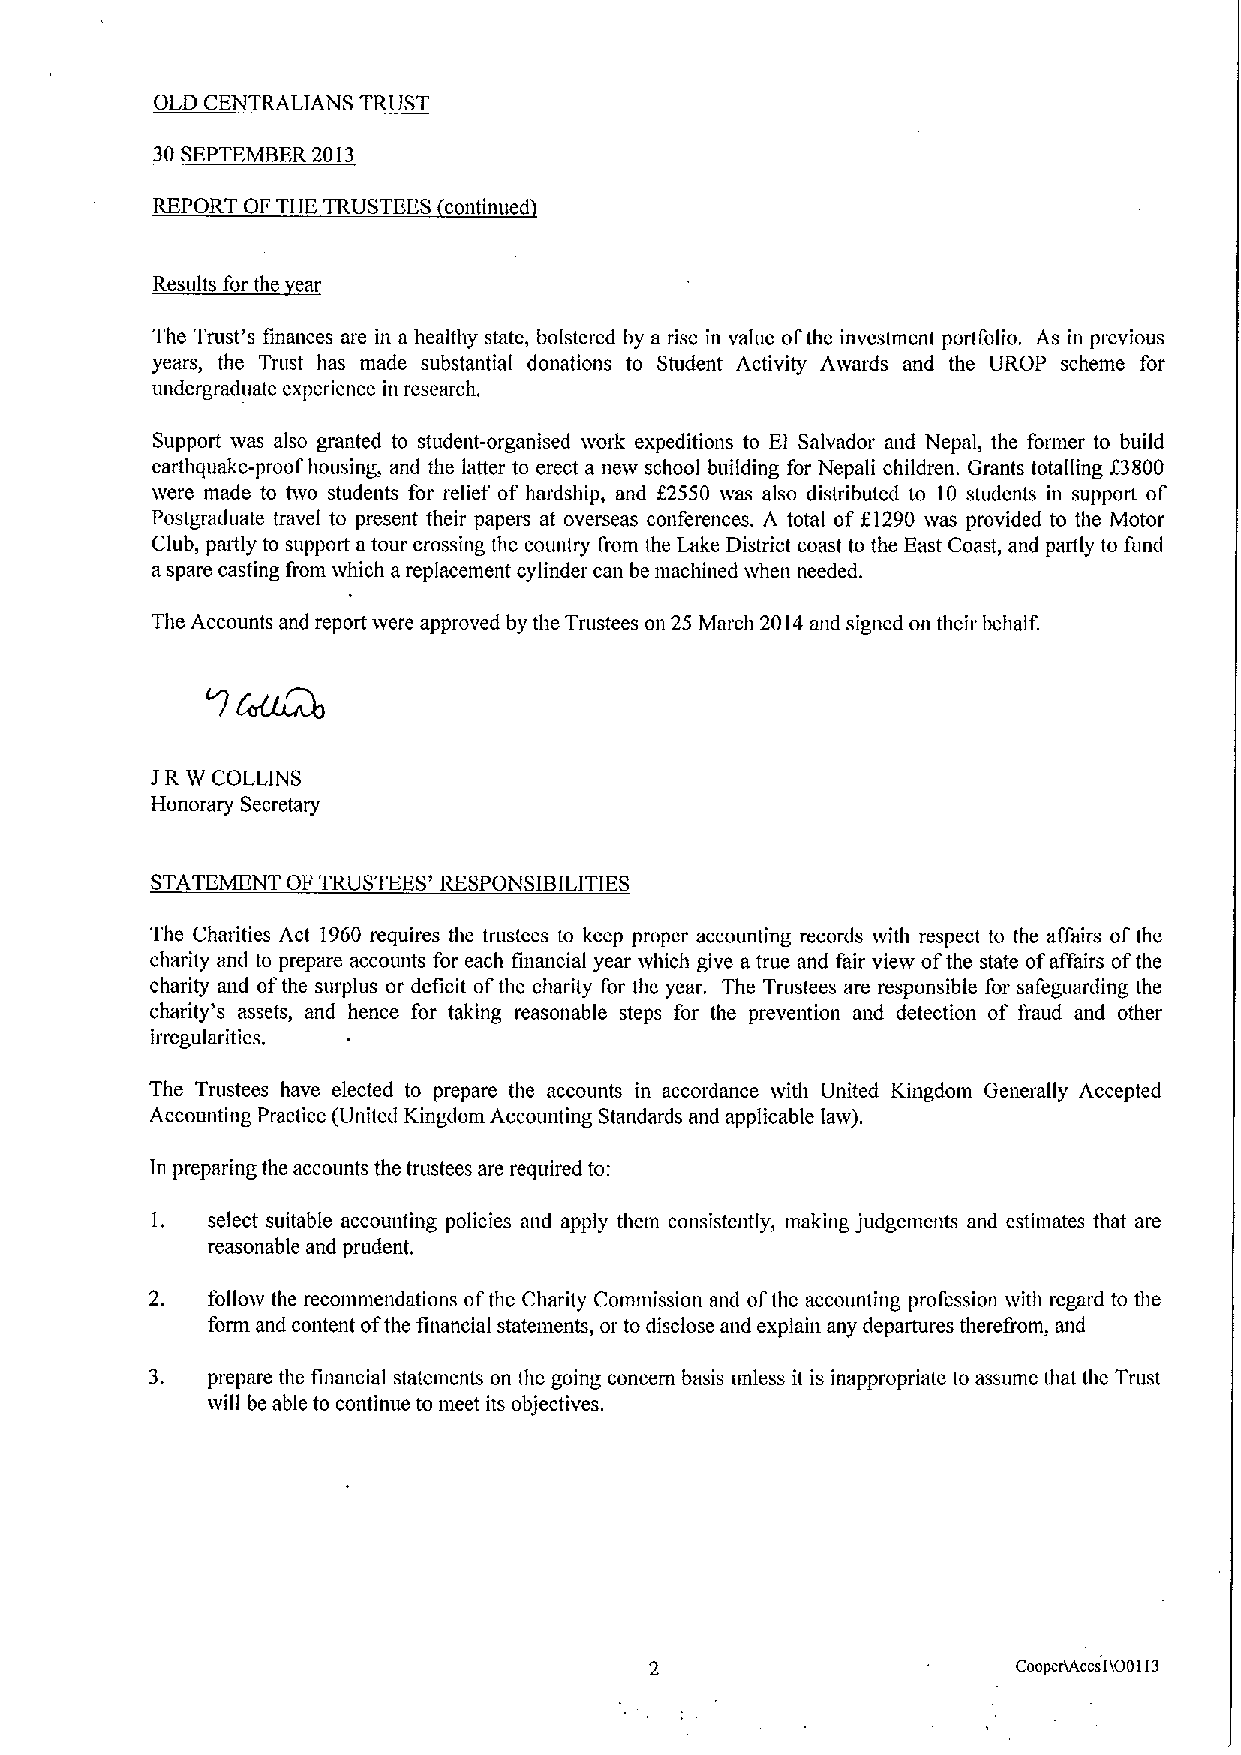
OLD CENTRALIANS TRUST
 30SEPTEMBER2013
 REPORT OF THE TRUSTEES continued
 R~ll f
 th
 The Trust's finances are in a healthy state, bolstered by a rise in value ofthe investment portfolio. As in previous
 years, the Trust has made substantial donations to Student Activity Aivards and the UROP scheme for
 undergraduate experience in research.
 Support was also granted to student-organised work expeditions to El Salvador and Nepal, the former to build
 earthquake-proof housing, and the latter to erect a netv school building for Nepali children. Grants totalling f3800
 were made to two students for relief of hardship, and f2550 was also distributed to 10 students in support of
 Postgraduate travel to present their papers at overseas conferences. A total of f1290 was provided to the Motor
 Club, partly to support atour crossing the country from the Lake District coast to the East Coast, and partly to fund
 aspare casting from which areplacement cylinder can be machined when needed.
 The Accounts and report were approved by the Trustees on 25 March 2014and signed on their behalf.
 JR W COLLINS
 Honorary Secretary
 STATEMENT OF TRUSTEES' RESPONSIBILITIES
 The Charities Act 1960requires the trustees to keep proper accounting records with respect to the affairs ofthe
 charity and to prepare accounts for each financial year ivhich give a true and fair view ofthe state ofaffairs ofthe
 charity and ofthe surplus or deficit ofthe charity for the year. The Trustees are responsible for safeguarding the
 charity's assets, and hence for taking reasonable steps for the prevention and detection of fraud and other
 irregularities.
 The Trustees have elected to prepare the accounts in accordance with United Kingdom Generally Accepted
 Accounting Practice (United Kingdom Accounting Standards and applicable law).
 In preparing the accounts the trustees are required to:
 I.  select suitable accounting policies and apply them consistently, making judgements and estimates that are
 reasonable and prudent.
 2.  follow the recommendations ofthe Charity Commission and ofthe accounting profession with regard to the
 form and content ofthe financial statements, or to disclose and explain any departures therefrom, and
 3.  prepare the financial statements on the going concern basis unless it is inappropriate to assume that the Trust
 will be able to continue to nieet its objectives.
 coopcAAccslioeii3